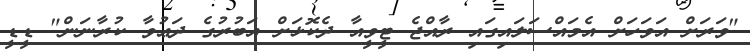
"ވަރަށް އަވަހަށް އެމައްސަލައިގައި ރާއްޖެ ޓީވީއާ ދެކޮޅަށް އަބުރުގެ ދަޢުވާ ކުރާނަން" ޑީޑީ